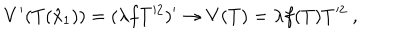
V ^ { \prime } ( T ( \hat { x } _ { 1 } ) ) = ( \lambda f T ^ { 2 } ) ^ { \prime } \rightarrow V ( T ) = \lambda f ( T ) T ^ { 2 } \ ,